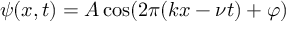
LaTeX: \psi ( x , t ) = A \cos ( 2 \pi ( k x - \nu t ) + \varphi )